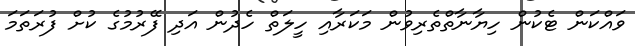
ވައްކަން ޓެކުން ހިޔާނާތްތެރިވުން މަކަރާއި ހީލަތް ހެދުން އަދި ފޭރުމުގެ ކުށް ފުރަތަމަ